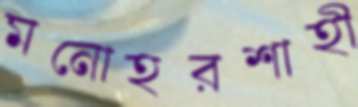
মনোহরশাহী